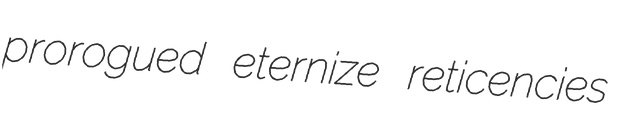
prorogued eternize reticencies